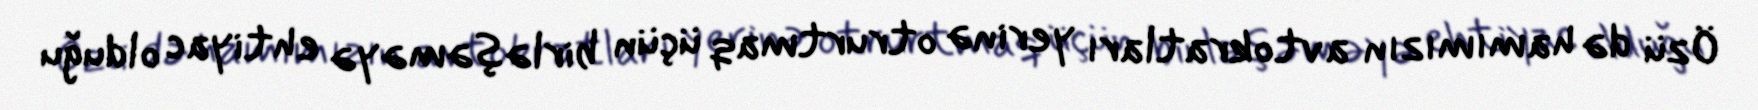
Özü də hamımızın avtokratları yerinə otrurtmaq üçün birləşəməyə ehtiyac olduğu